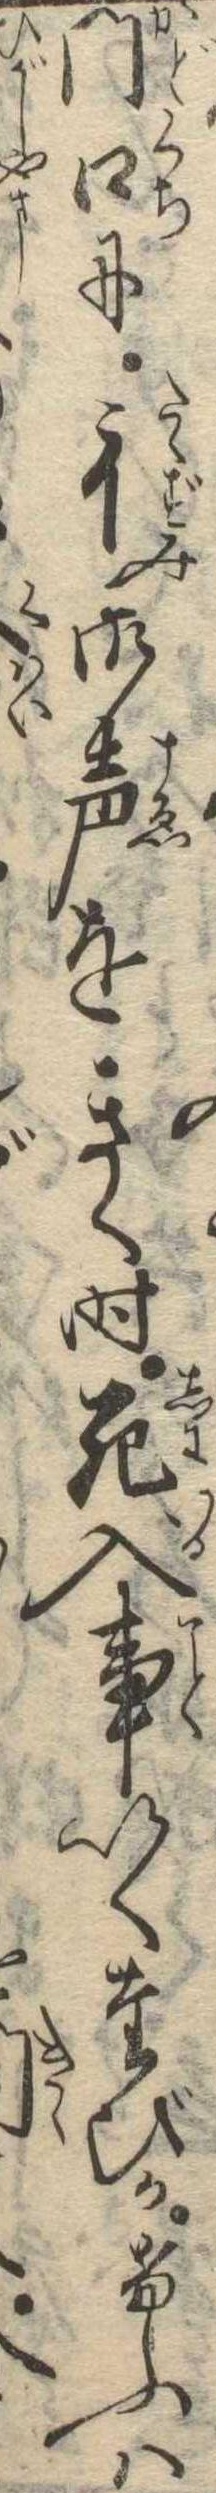
門口に彳御声をきく時死入事いくたびかけふは